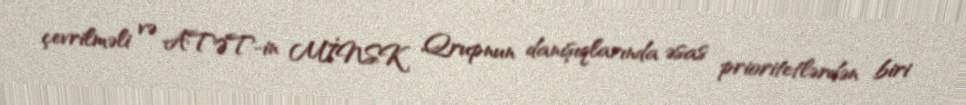
çevrilməli və ATƏT-in MİNSK Qrupnun danışıqlarında əsas prioritetlərdən biri